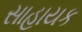
સાહાયક